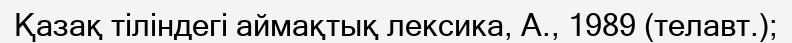
Қазақ тіліндегі аймақтық лексика, А., 1989 (телавт.);